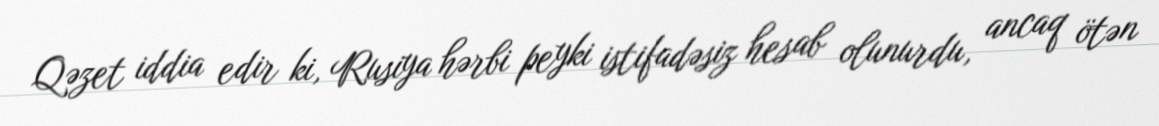
Qəzet iddia edir ki, Rusiya hərbi peyki istifadəsiz hesab olunurdu, ancaq ötən